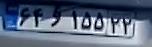
۶۴و۱۵۵۲۲